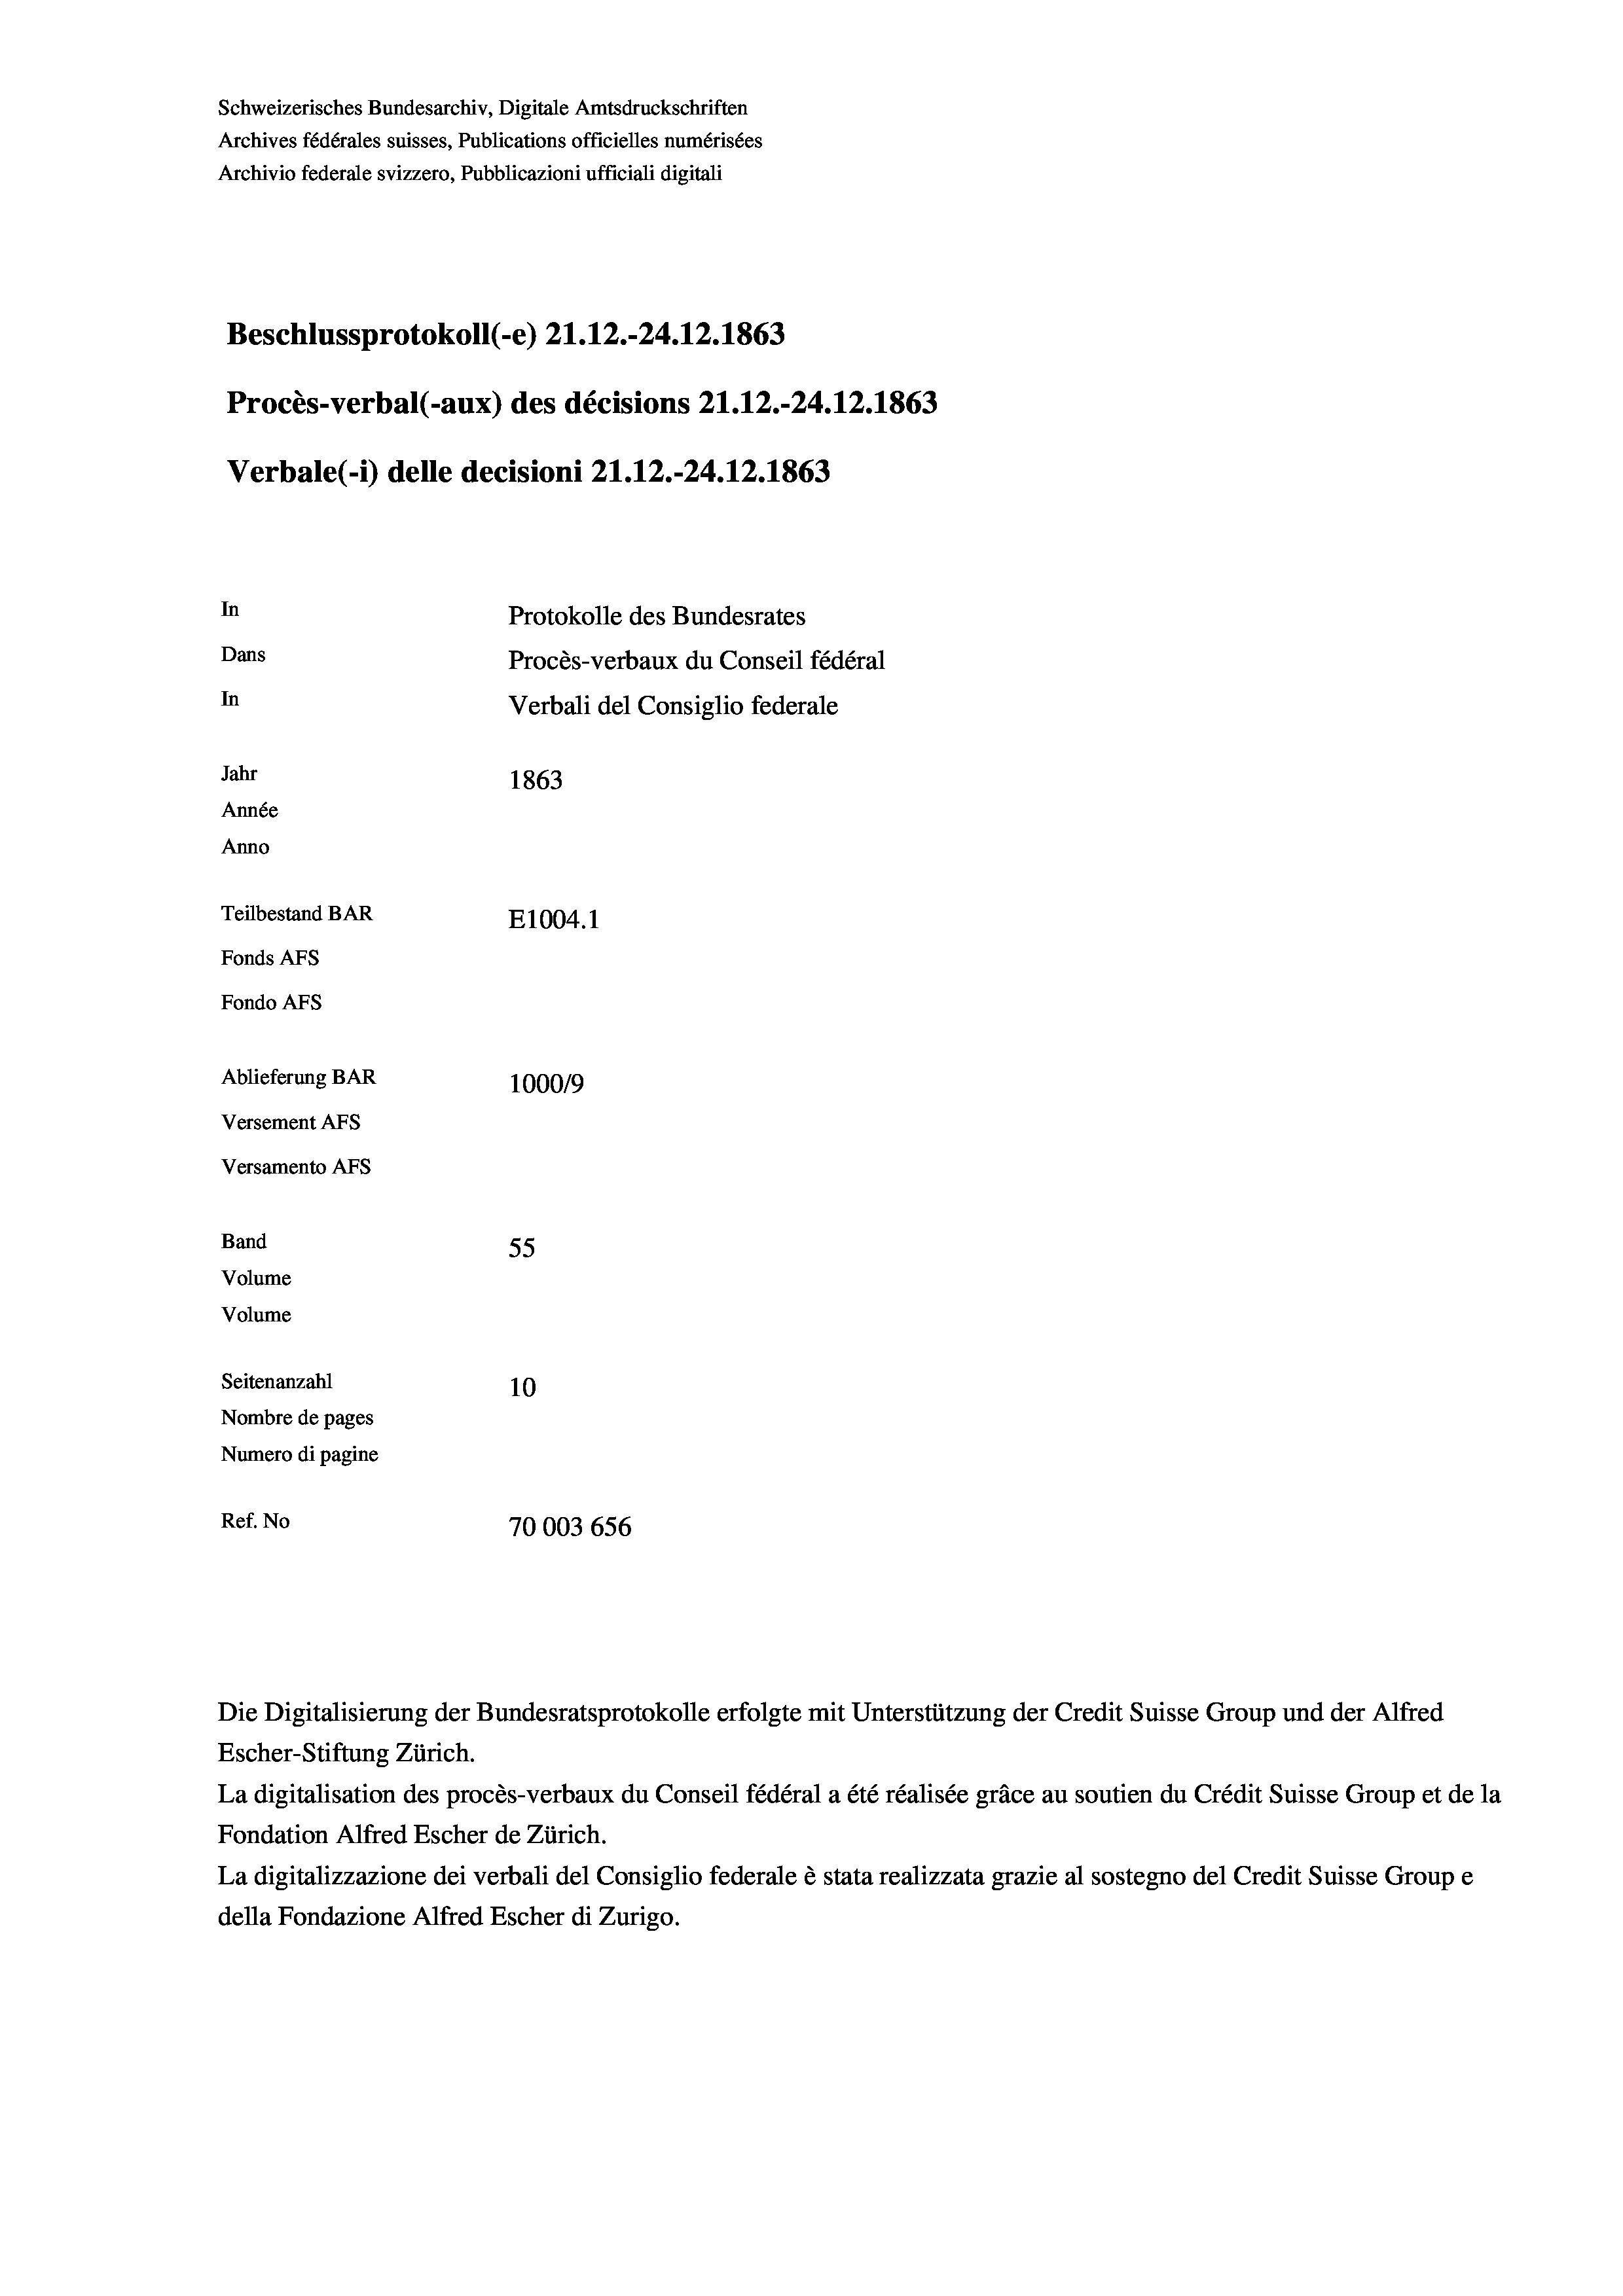
Schweizerisches Bundesarchiv, Digitale Amtsdruckschriften
Archives fédérales suisses, Publications officielles numérisées
Archivio federale svizzero, Pubblicazioni ufficiali digitali
Beschlussprotokoll (-e) 21.12.-24.12.1863
Procès-verbal (-aux) des décisions 21.12.-24.12.1863
Verbale (- 1) delle decisioni 21.12.-24.12.1863
In
Protokolle des Bundesrates
Dans
Procès-verbaux du Conseil fédéral
In
Verbali del Consiglio federale
Jahr
1863
Année
Anno
Teilbestand BAR
E1004. 1
Fonds AFs
Fondo AFS
Ablieferung BAR
100019
Versement AFs
Versamento Afs
Band
55
Volume
Volume
Seitenanzahl
10
Nombre de pages
Numero di pagine
Ref. No
70003 656

La digitalisation des procès-verbaux du Conseil fédéral a été réalisée gräce au soutien du Crédit Suisse Group et de la
Fondation Alfred Escher de Zürich.
La digitalizzazione dei verbali del Consiglio federale è stata realizzata grazie al sostegno del Credit Suisse Groupe
della Fondazione Alfred Escher di Zurigo.

Die Digitalisierung der Bundesratsprotokolle erfolgte mit Unterstützung der Credit Suisse Group und der Alfred
Escher-Stiftung Zürich.